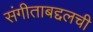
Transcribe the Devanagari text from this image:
संगीताबद्दलची